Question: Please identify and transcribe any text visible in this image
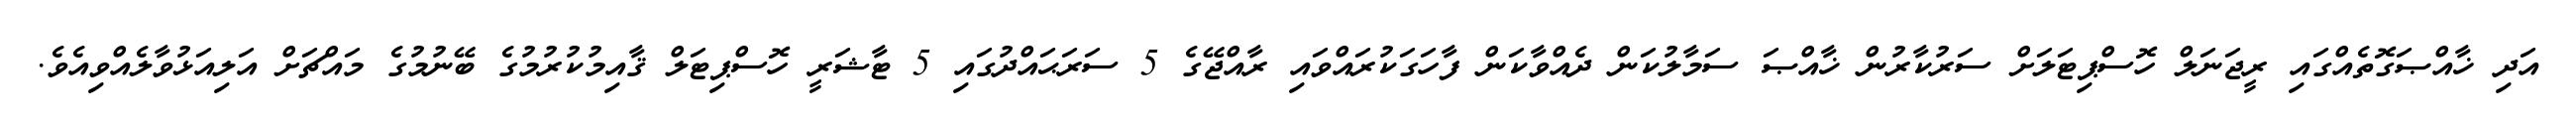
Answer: އަދި ޚާއްޞަގޮތެއްގައި ރީޖަނަލް ހޮސްޕިޓަލަށް ސަރުކާރުން ޚާއްޞަ ސަމާލުކަން ދެއްވާކަން ފާހަގަކުރައްވައި ރާއްޖޭގެ 5 ސަރަޙައްދުގައި 5 ޓާޝަރީ ހޮސްޕިޓަލް ޤާއިމުކުރުމުގެ ބޭނުމުގެ މައްޗަށް އަލިއަޅުވާލެއްވިއެވެ.